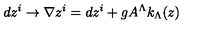
d z ^ { i } \rightarrow \nabla z ^ { i } = d z ^ { i } + g A ^ { \Lambda } k _ { \Lambda } ( z )